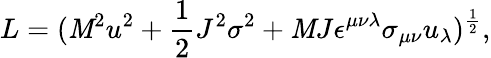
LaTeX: L=(\mathit{M}^{2}u^{2}+{\frac{{1}}{{2}}}J^{2}\sigma^{2}+\mathit{M}J\epsilon^{\mu\nu\lambda}\sigma_{\mu\nu}u_{\lambda})^{\frac{{1}}{{2}}},